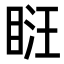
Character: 𥆚